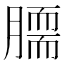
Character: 𦠌